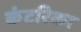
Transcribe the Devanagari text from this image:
कंटरिका